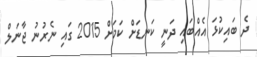
ދެ ބައިކުޅަ އެއްބައި ދަނީ ކަނޑަށް ކަމަށް 2015 ގައި ނެރުނު ޖާނަލް